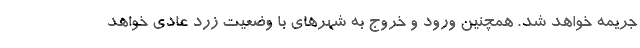
جریمه خواهد شد. همچنین ورود و خروج به شهرهای با وضعیت زرد عادی خواهد